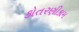
કોતરણીકામ